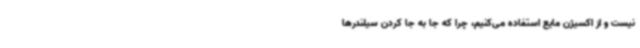
نیست و از اکسیژن مایع استفاده می‌کنیم، چرا که جا به جا کردن سیلندرها